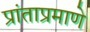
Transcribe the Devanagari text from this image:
प्रांताप्रमाणे